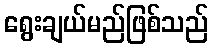
ရွေးချယ်မည်ဖြစ်သည်